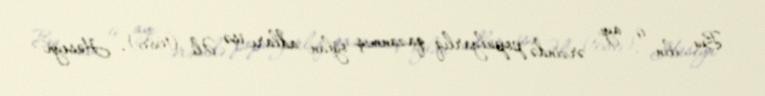
Bu ilin 9 ayı ərzində populyarlıq qazanmış oğlan adları isə Əli (1686), Hüseyn